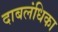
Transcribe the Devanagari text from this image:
दाबलंधिका